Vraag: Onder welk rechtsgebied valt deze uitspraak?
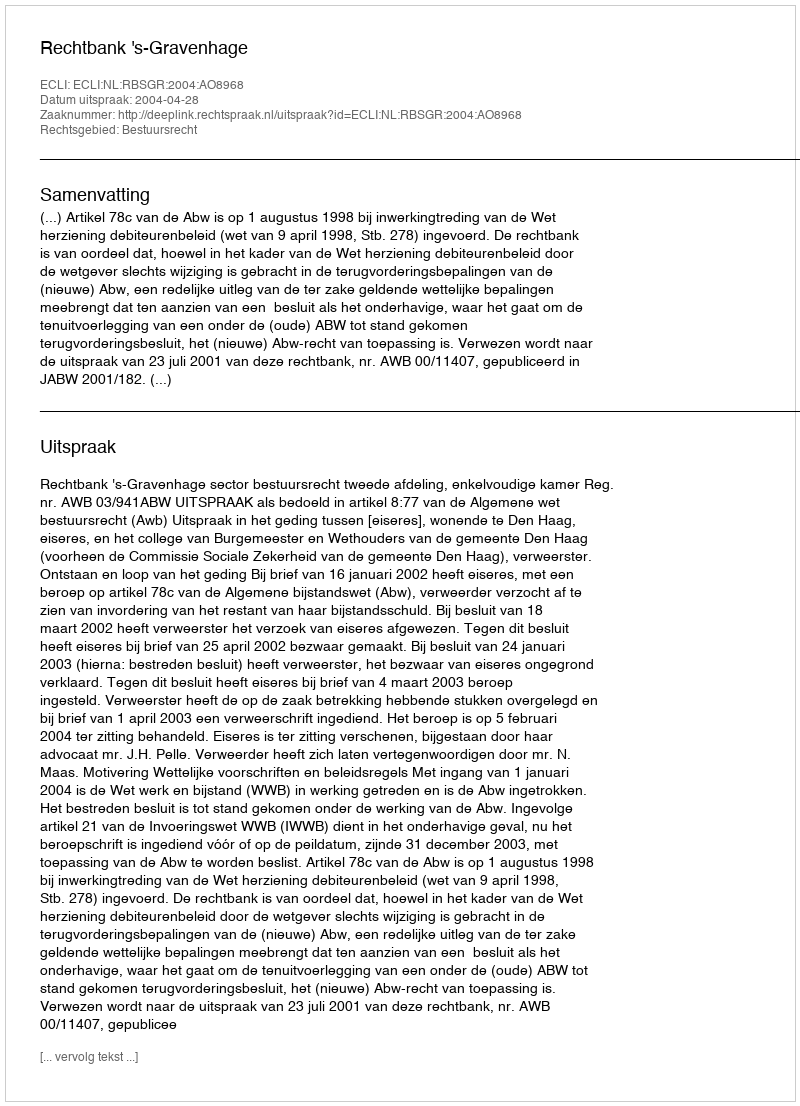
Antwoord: Bestuursrecht